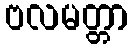
ဗလမတ္တာ